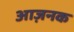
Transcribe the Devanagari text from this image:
आज़नक